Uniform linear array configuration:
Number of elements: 32
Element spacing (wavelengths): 1
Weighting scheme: exponential
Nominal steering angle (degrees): -45
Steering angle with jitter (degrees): -46.113
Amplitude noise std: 0.05
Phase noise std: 0.05

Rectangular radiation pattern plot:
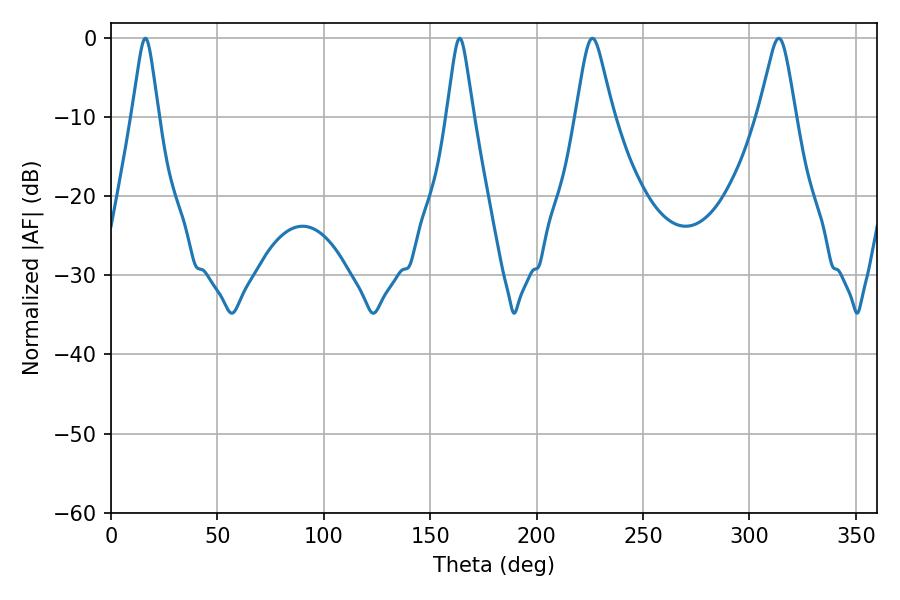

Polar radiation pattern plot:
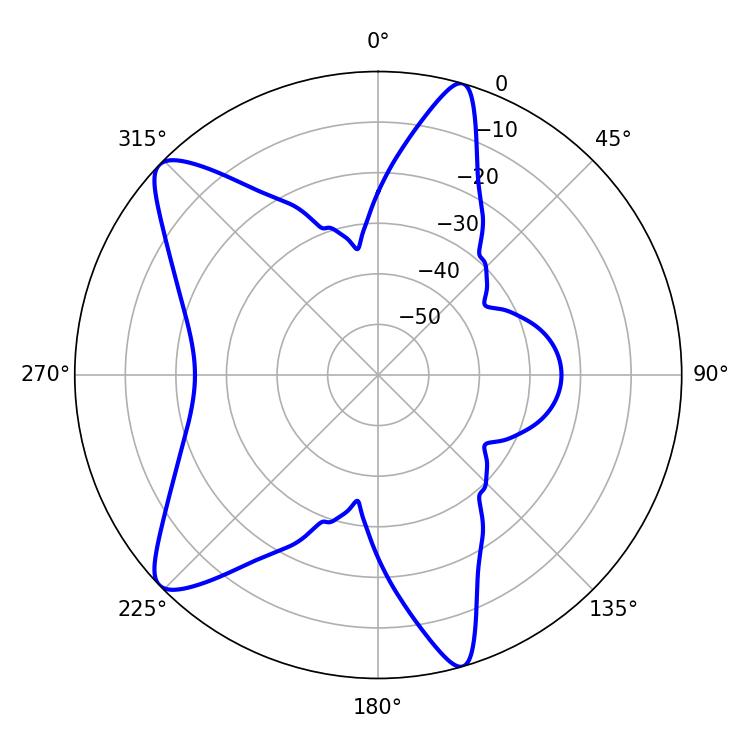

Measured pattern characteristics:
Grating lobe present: TRUE
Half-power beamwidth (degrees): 8.28
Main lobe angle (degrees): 226.26